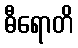
ဓီရောတိ